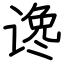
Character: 谗